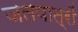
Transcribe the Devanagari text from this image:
जलपात्रों